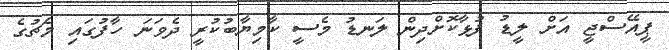
ޕީއޭސްޖީ އަށް ލީޑު ފުޅާކޮށްދިން ލަނޑު މެސީ ކާމިޔާބުކުރީ ދެވަނަ ހާފުގައި މެޗުގެ